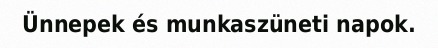
Ünnepek és munkaszüneti napok.